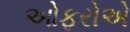
ઓફરોએ